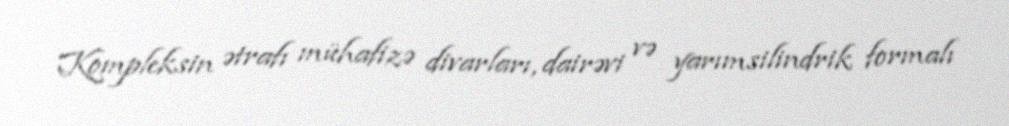
Kompleksin ətrafı mühafizə divarları, dairəvi və yarımsilindrik formalı